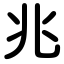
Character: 兆